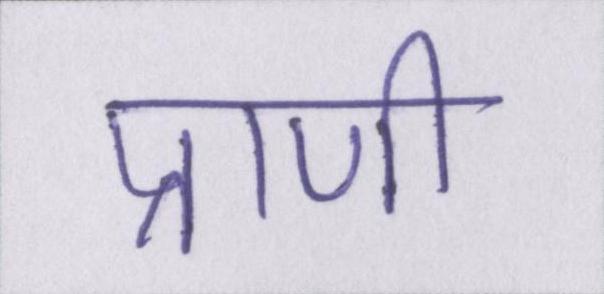
प्राणी